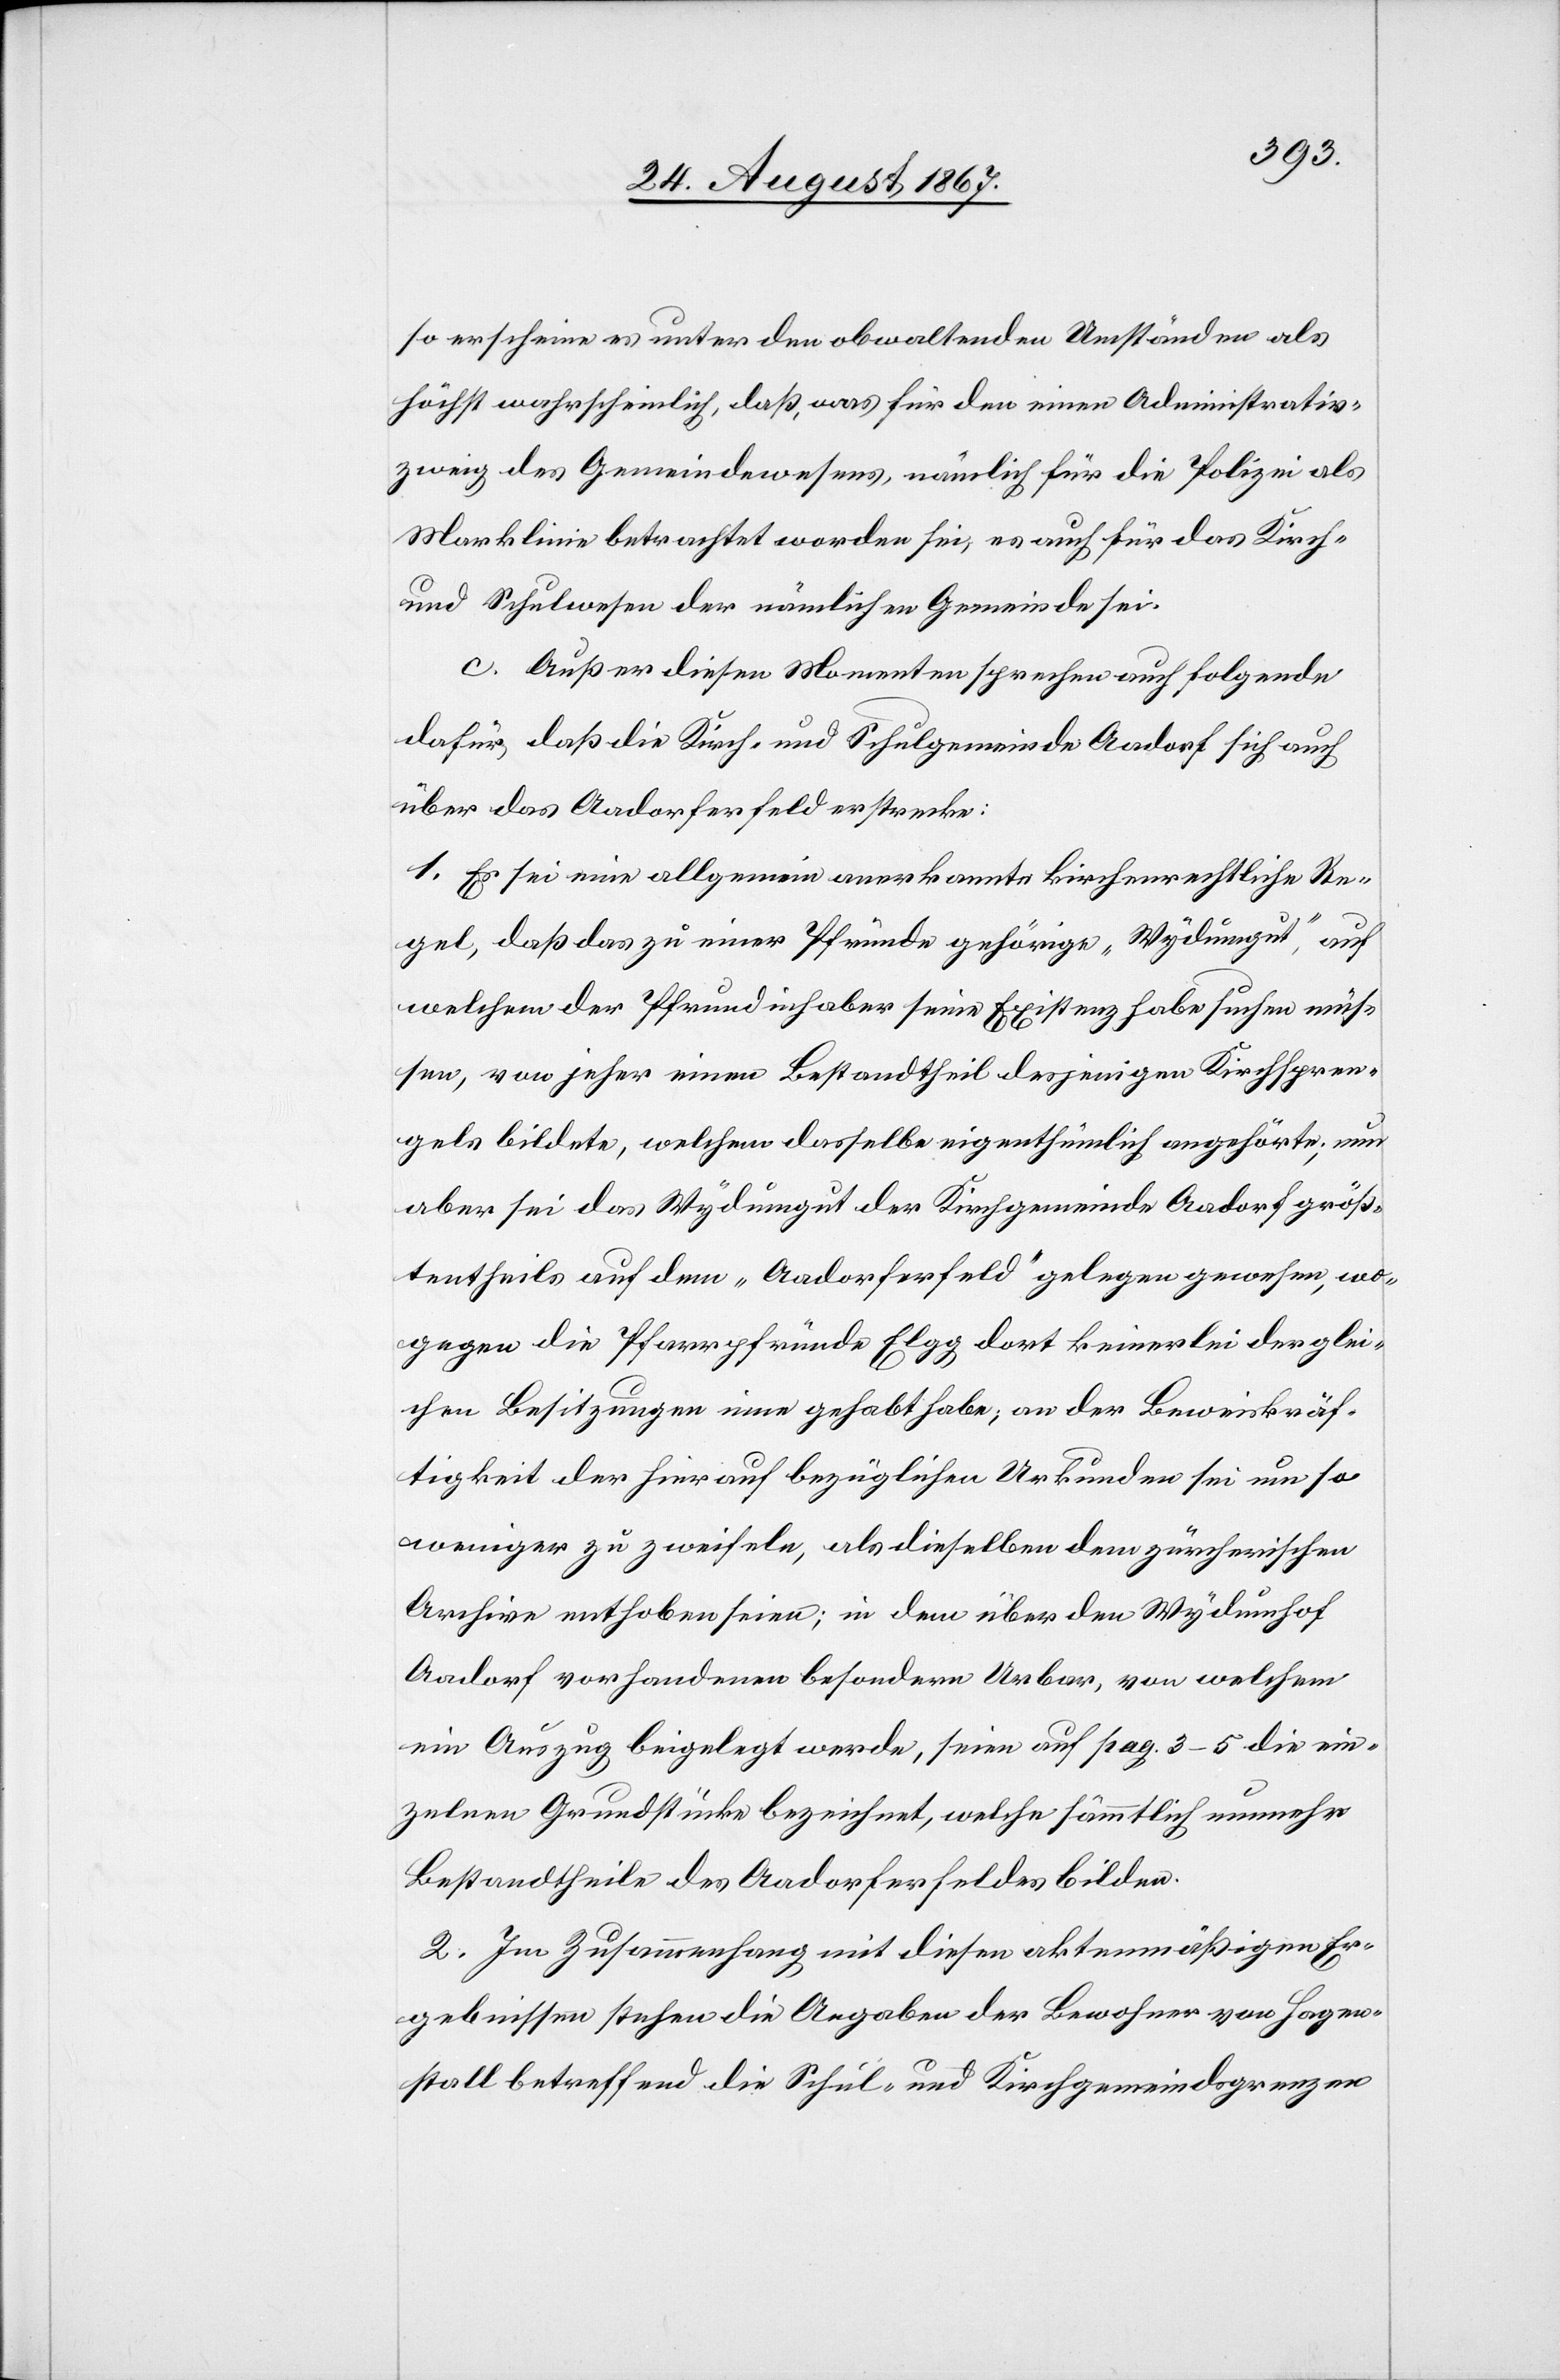
so erscheine es unter den obwaltenden Umständen als
höchst wahrscheinlich, daß, was für den einen Administrativ¬
zweig des Gemeindewesens, nämlich für die Polizei als
Marklinie betrachtet worden sei, es auch für das Kirch-
und Schulwesen der nämlichen Gemeinde sei.
c. Außer diesen Momenten sprechen auch folgende
dafür, daß die Kirch- und Schulgemeinde Aadorf sich auch
über das Aadorferfeld erstrecke:
1. Es sei eine allgemein anerkannte kirchenrechtliche Re¬
gel, daß das zu einer Pfründe gehörige „Wydumgut“, auf
welchem der Pfrundinhaber seine Existenz habe suchen müs¬
sen, von jeher einen Bestandtheil desjenigen Kirchspren¬
gels bildete, welchem dasselbe eigenthümlich angehörte; nun
aber sei das Wydumgut der Kirchgemeinde Aadorf größ¬
tentheils auf dem „Aadorferfeld“ gelegen gewesen, wo¬
gegen die Pfarrpfründe Elgg dort keinerlei derglei¬
chen Besitzungen inne gehabt habe; an der Beweiskräf¬
tigkeit der hierauf bezüglichen Urkunden sei um so
weniger zu zweifeln, als dieselben dem zürcherischen
Archive erhoben seien; in dem über den Wydumhof
Aadorf vorhandenen besondern Urbar, von welchem
ein Auszug beigelegt werden, seien auf pag. 3–5 die ein¬
zelnen Grundstücke bezeichnet, welche sämmtlich nunmehr
Bestandtheile des Aadorferfeldes bilden.
2. Im Zusammenhang mit diesen aktenmäßigen Er¬
gebnissen stehen die Angaben der Bewohner von Hagen¬
stall betreffend die Schul- und Kirchgemeindsgrenzen